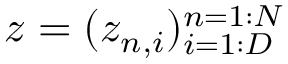
z = ( z _ { n , i } ) _ { i = 1 : D } ^ { n = 1 : N }